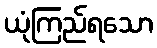
ယုံကြည်ရသော